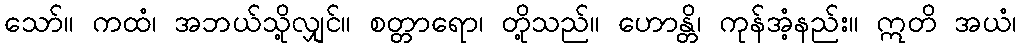
သော်။ ကထံ၊ အဘယ်သို့လျှင်။ စတ္တာရော၊ တို့သည်။ ဟောန္တိ၊ ကုန်အံ့နည်း။ ဣတိ အယံ၊